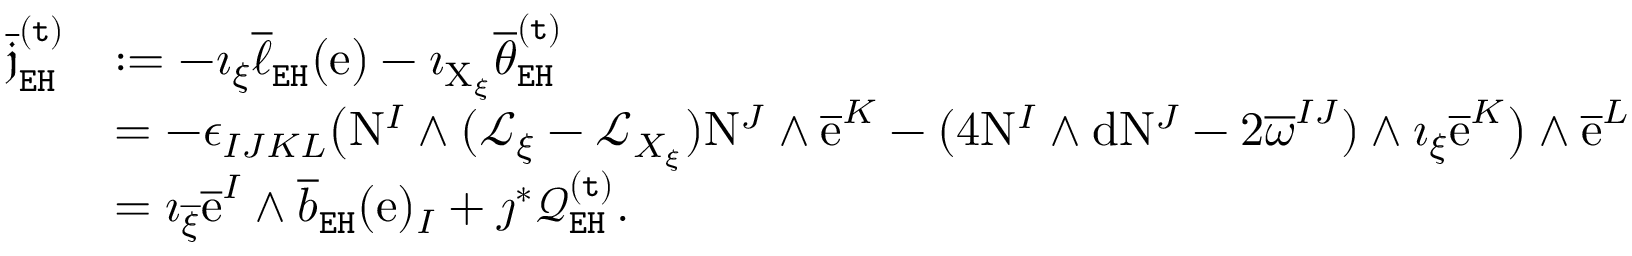
\begin{array} { r l } { \overline { { \mathfrak { j } } } _ { \mathtt { E H } } ^ { \mathtt { ( t ) } } } & { : = - \imath _ { \xi } \overline { { \ell } } _ { \mathtt { E H } } ( \mathrm { e } ) - \imath _ { \mathrm { X } _ { \xi } } \overline { { \theta } } _ { \mathtt { E H } } ^ { \mathtt { ( t ) } } } \\ & { = - \epsilon _ { I J K L } \big ( \mathrm { N } ^ { I } \wedge ( \mathcal { L } _ { \xi } - \mathcal { L } _ { X _ { \xi } } ) \mathrm { N } ^ { J } \wedge \overline { { \mathrm { e } } } ^ { K } - ( 4 \mathrm { N } ^ { I } \wedge \mathrm { d } \mathrm { N } ^ { J } - 2 \overline { { \omega } } ^ { I J } ) \wedge \imath _ { \xi } \overline { { \mathrm { e } } } ^ { K } \big ) \wedge \overline { { \mathrm { e } } } ^ { L } } \\ & { = \imath _ { \overline { { \xi } } } \overline { { \mathrm { e } } } ^ { I } \wedge \overline { { b } } _ { \mathtt { E H } } ( \mathrm { e } ) _ { I } + \jmath ^ { * } \mathcal { Q } _ { \mathtt { E H } } ^ { \mathtt { ( t ) } } . } \end{array}